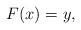
LaTeX: \begin{align*} F(x) = y, \end{align*}